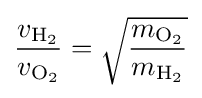
{\frac {v_{\mathrm {H} _{2}}}{v_{\mathrm {O} _{2}}}}={\sqrt {\frac {m_{\mathrm {O} _{2}}}{m_{\mathrm {H} _{2}}}}}